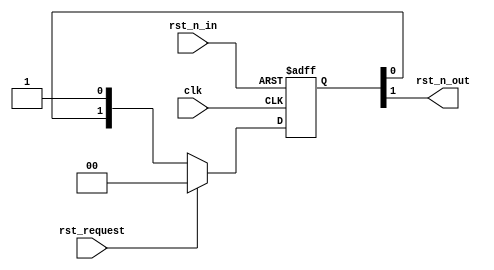
//-----------------------------------------------------------------------------
// The confidential and proprietary information contained in this file may
// only be used by a person authorised under and to the extent permitted
// by a subsisting licensing agreement from ARM Limited.
//
//            (C) COPYRIGHT 2013 ARM Limited.
//                ALL RIGHTS RESERVED
//
// This entire notice must be reproduced on all copies of this file
// and copies of this file may only be made by a person if such person is
// permitted to do so under the terms of a subsisting license agreement
// from ARM Limited.
//
//      SVN Information
//
//      Checked In          : $Date: 2017-07-25 15:10:13 +0100 (Tue, 25 Jul 2017) $
//
//      Revision            : $Revision: 368444 $
//
//      Release Information : Cortex-M0 DesignStart-r2p0-00rel0
//
//-----------------------------------------------------------------------------
//-----------------------------------------------------------------------------
// Abstract : Simple reset synchronizer
//-----------------------------------------------------------------------------

// Reset synchroniser
module fpga_rst_sync  (
  input  wire  clk,
  input  wire  rst_n_in,
  input  wire  rst_request,
  output wire  rst_n_out
  );

  reg   [1:0]  reg_rst_sync;

  always @(posedge clk or negedge rst_n_in)
  begin
  if (~rst_n_in)
    reg_rst_sync <= 2'b00;
  else
    if (rst_request)
      reg_rst_sync <= 2'b00;
    else
      reg_rst_sync <= {reg_rst_sync[0], 1'b1};
  end

  assign     rst_n_out = reg_rst_sync[1];

endmodule